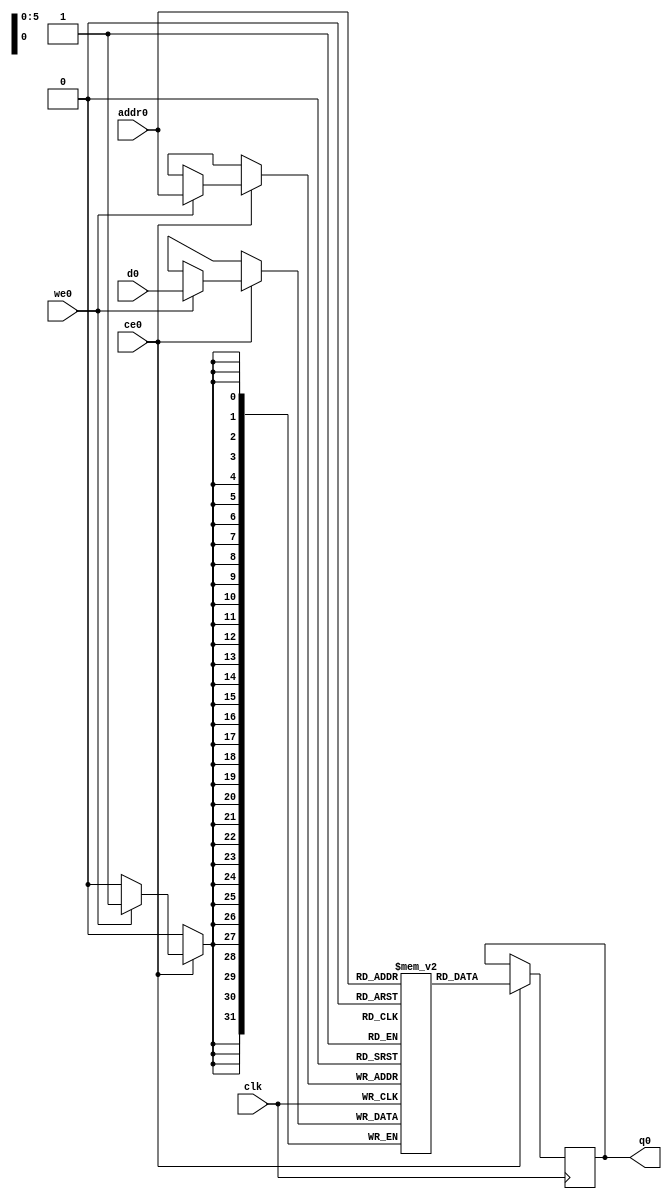
// ==============================================================
// Vivado(TM) HLS - High-Level Synthesis from C, C++ and SystemC v2019.1.1 (64-bit)
// Copyright 1986-2019 Xilinx, Inc. All Rights Reserved.
// ==============================================================
`timescale 1 ns / 1 ps
module mmult_opt_mdc_local_out_ram (addr0, ce0, d0, we0, q0,  clk);

parameter DWIDTH = 32;
parameter AWIDTH = 6;
parameter MEM_SIZE = 64;

input[AWIDTH-1:0] addr0;
input ce0;
input[DWIDTH-1:0] d0;
input we0;
output reg[DWIDTH-1:0] q0;
input clk;

(* ram_style = "block" *)reg [DWIDTH-1:0] ram[0:MEM_SIZE-1];




always @(posedge clk)  
begin 
    if (ce0) 
    begin
        if (we0) 
        begin 
            ram[addr0] <= d0; 
        end 
        q0 <= ram[addr0];
    end
end


endmodule

`timescale 1 ns / 1 ps
module mmult_opt_mdc_local_out(
    reset,
    clk,
    address0,
    ce0,
    we0,
    d0,
    q0);

parameter DataWidth = 32'd32;
parameter AddressRange = 32'd64;
parameter AddressWidth = 32'd6;
input reset;
input clk;
input[AddressWidth - 1:0] address0;
input ce0;
input we0;
input[DataWidth - 1:0] d0;
output[DataWidth - 1:0] q0;



mmult_opt_mdc_local_out_ram mmult_opt_mdc_local_out_ram_U(
    .clk( clk ),
    .addr0( address0 ),
    .ce0( ce0 ),
    .we0( we0 ),
    .d0( d0 ),
    .q0( q0 ));

endmodule